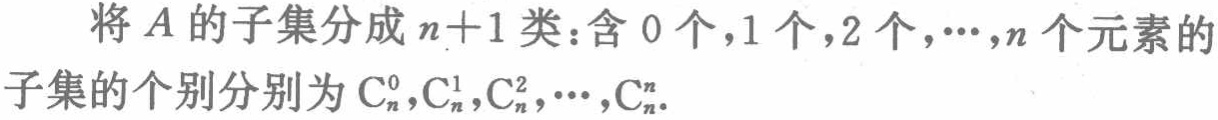
将\(A\)的子集分成\(n + 1\)类：含\(0\)个，\(1\)个，\(2\)个，\(\cdots\)，\(n\)个元素的子集的个数分别为\(\mathrm{C}_{n}^{0},\mathrm{C}_{n}^{1},\mathrm{C}_{n}^{2},\cdots,\mathrm{C}_{n}^{n}\)。